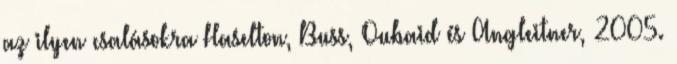
az ilyen csalásokra Haselton, Buss, Oubaid és Angleitner, 2005.